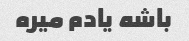
باشه یادم میره